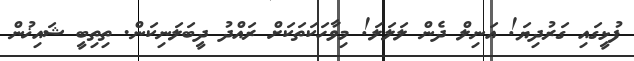
ފުޅީގައި ގަރުދިޔަ! އަނިލް ދެން ލަލަލަ! މިވާހަކަތަކަށް ރައްދު ދީބަލަނިކަން. ތިތިބީ ޝައިޚުން